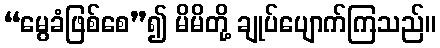
“မွေခံဖြစ်စေ”၍ မိမိတို့ ချုပ်ပျောက်ကြသည်။